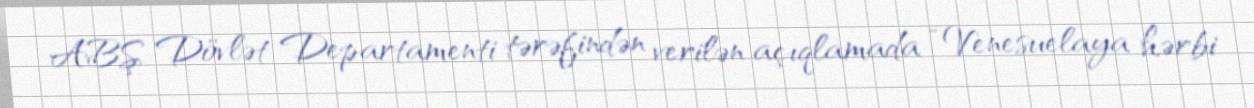
ABŞ Dövlət Departamenti tərəfindən verilən açıqlamada “Venesuelaya hərbi